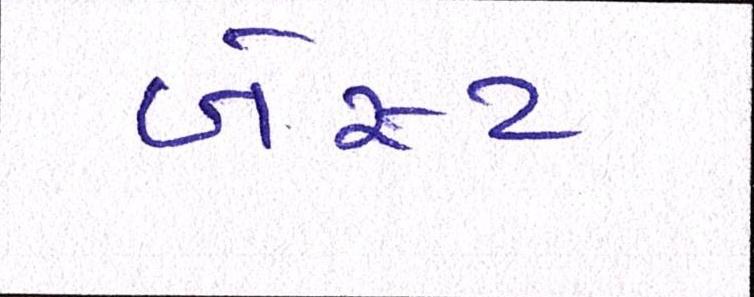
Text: બેસ્ટ